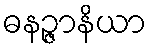
ဓနဉ္ဇာနိယာ